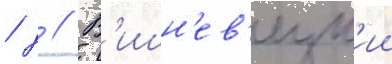
/ д // В'ишн'ев'ецк'ии